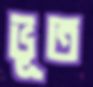
ভূত